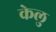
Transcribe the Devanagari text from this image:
केलु